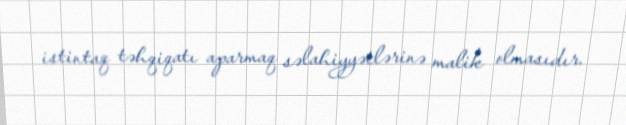
istintaq təhqiqatı aparmaq səlahiyyətlərinə malik olmasıdır.